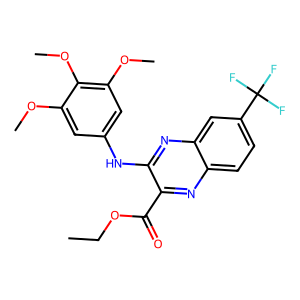
SMILES: CCOC(=O)c1nc2ccc(C(F)(F)F)cc2nc1Nc1cc(OC)c(OC)c(OC)c1
Inhibits HIV replication: No